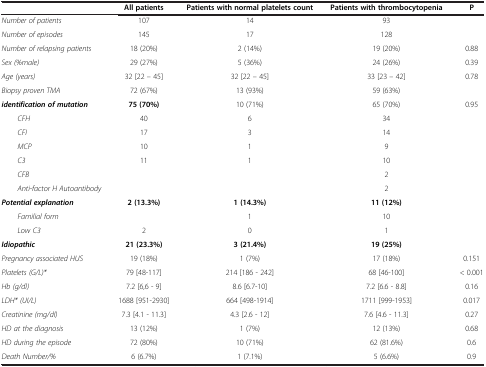
<table><thead><tr><td><b> </b></td><td><b>All patients</b></td><td><b>Patients with normal platelets count</b></td><td><b>Patients with thrombocytopenia</b></td><td><b>P</b></td></tr></thead><tbody><tr><td><i>Number of patients</i></td><td>107</td><td>14</td><td>93</td><td> </td></tr><tr><td><i>Number of episodes</i></td><td>145</td><td>17</td><td>128</td><td> </td></tr><tr><td><i>Number of relapsing patients</i></td><td>18 (20%)</td><td>2 (14%)</td><td>19 (20%)</td><td>0.88</td></tr><tr><td><i>Sex (%male)</i></td><td>29 (27%)</td><td>5 (36%)</td><td>24 (26%)</td><td>0.39</td></tr><tr><td><i>Age (years)</i></td><td>32 [22 – 45]</td><td>32 [22 – 45]</td><td>33 [23 – 42]</td><td>0.78</td></tr><tr><td><i>Biopsy proven TMA</i></td><td>72 (67%)</td><td>13 (93%)</td><td>59 (63%)</td><td> </td></tr><tr><td><b><i>identification of mutation</i></b></td><td><b>75 (70%)</b></td><td>10 (71%)</td><td>65 (70%)</td><td>0.95</td></tr><tr><td><i>CFH</i></td><td>40</td><td>6</td><td>34</td><td rowspan="10"> </td></tr><tr><td><i>CFI</i></td><td>17</td><td>3</td><td>14</td></tr><tr><td><i>MCP</i></td><td>10</td><td>1</td><td>9</td></tr><tr><td><i>C3</i></td><td>11</td><td>1</td><td>10</td></tr><tr><td><i>CFB</i></td><td> </td><td> </td><td>2</td></tr><tr><td><i>Anti-factor H Autoantibody</i></td><td> </td><td> </td><td>2</td></tr><tr><td><b><i>Potential explanation</i></b></td><td><b>2 (13.3%)</b></td><td><b>1 (14.3%)</b></td><td><b>11 (12%)</b></td></tr><tr><td><i>Familial form</i></td><td> </td><td>1</td><td>10</td></tr><tr><td><i>Low C3</i></td><td>2</td><td>0</td><td>1</td></tr><tr><td><b><i>Idiopathic</i></b></td><td><b>21 (23.3%)</b></td><td><b>3 (21.4%)</b></td><td><b>19 (25%)</b></td></tr><tr><td><i>Pregnancy associated HUS</i></td><td>19 (18%)</td><td>1 (7%)</td><td>17 (18%)</td><td>0.151</td></tr><tr><td><i>Platelets (G/L)*</i></td><td>79 [48-117]</td><td>214 [186 - 242]</td><td>68 [46-100]</td><td>&lt; 0.001</td></tr><tr><td><i>Hb (g/dl)</i></td><td>7.2 [6,6 - 9]</td><td>8.6 [6.7-10]</td><td>7.2 [6.6 - 8.8]</td><td>0.16</td></tr><tr><td><i>LDH* (UI/L)</i></td><td>1688 [951-2930]</td><td>664 [498-1914]</td><td>1711 [999-1953]</td><td>0.017</td></tr><tr><td><i>Creatinine (mg/dl)</i></td><td>7.3 [4.1 - 11.3]</td><td>4.3 [2.6 - 12]</td><td>7.6 [4.6 - 11.3]</td><td>0.27</td></tr><tr><td><i>HD at the diagnosis</i></td><td>13 (12%)</td><td>1 (7%)</td><td>12 (13%)</td><td>0.68</td></tr><tr><td><i>HD during the episode</i></td><td>72 (80%)</td><td>10 (71%)</td><td>62 (81.6%)</td><td>0.6</td></tr><tr><td><i>Death Number/%</i></td><td>6 (6.7%)</td><td>1 (7.1%)</td><td>5 (6.6%)</td><td>0.9</td></tr></tbody></table>